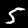
Digit: 5